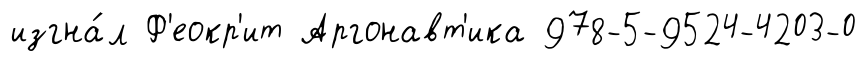
изгна́л Ф'еокр'ит Аргонавт'ика 978-5-9524-4203-0